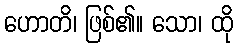
ဟောတိ၊ ဖြစ်၏။ သော၊ ထို